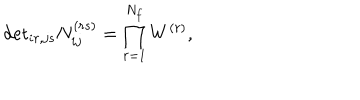
LaTeX: \mathrm { d e t } _ { i r , j s } N _ { i j } ^ { ( r s ) } = \prod _ { r = 1 } ^ { N _ { f } } W ^ { ( r ) } ,